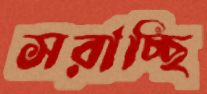
সরাচ্ছি